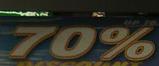
70%